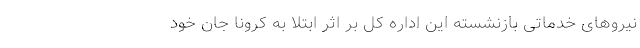
نیروهای خدماتی بازنشسته این اداره کل بر اثر ابتلا به کرونا جان خود